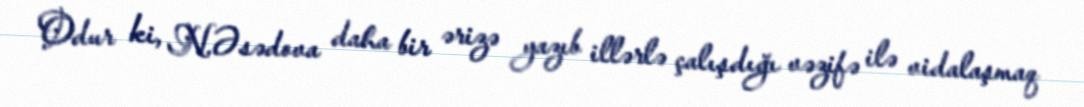
Odur ki, N.Əsədova daha bir ərizə yazıb illərlə çalışdığı vəzifə ilə vidalaşmaq